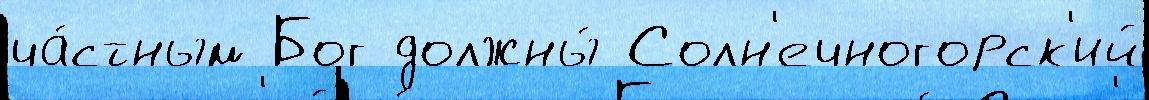
ча́стным Бог должны́ Солн'ечногорск'ий